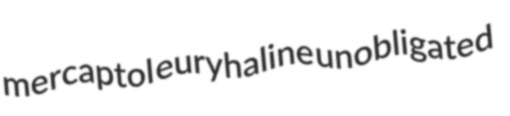
mercaptol euryhaline unobligated